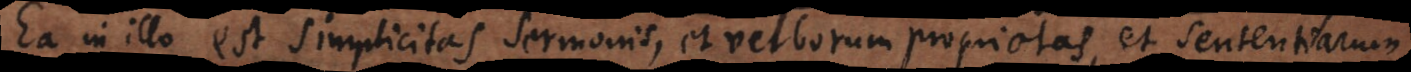
Ea in illo est simplicitas sermonis, et verborum proprietas, et sententiarum